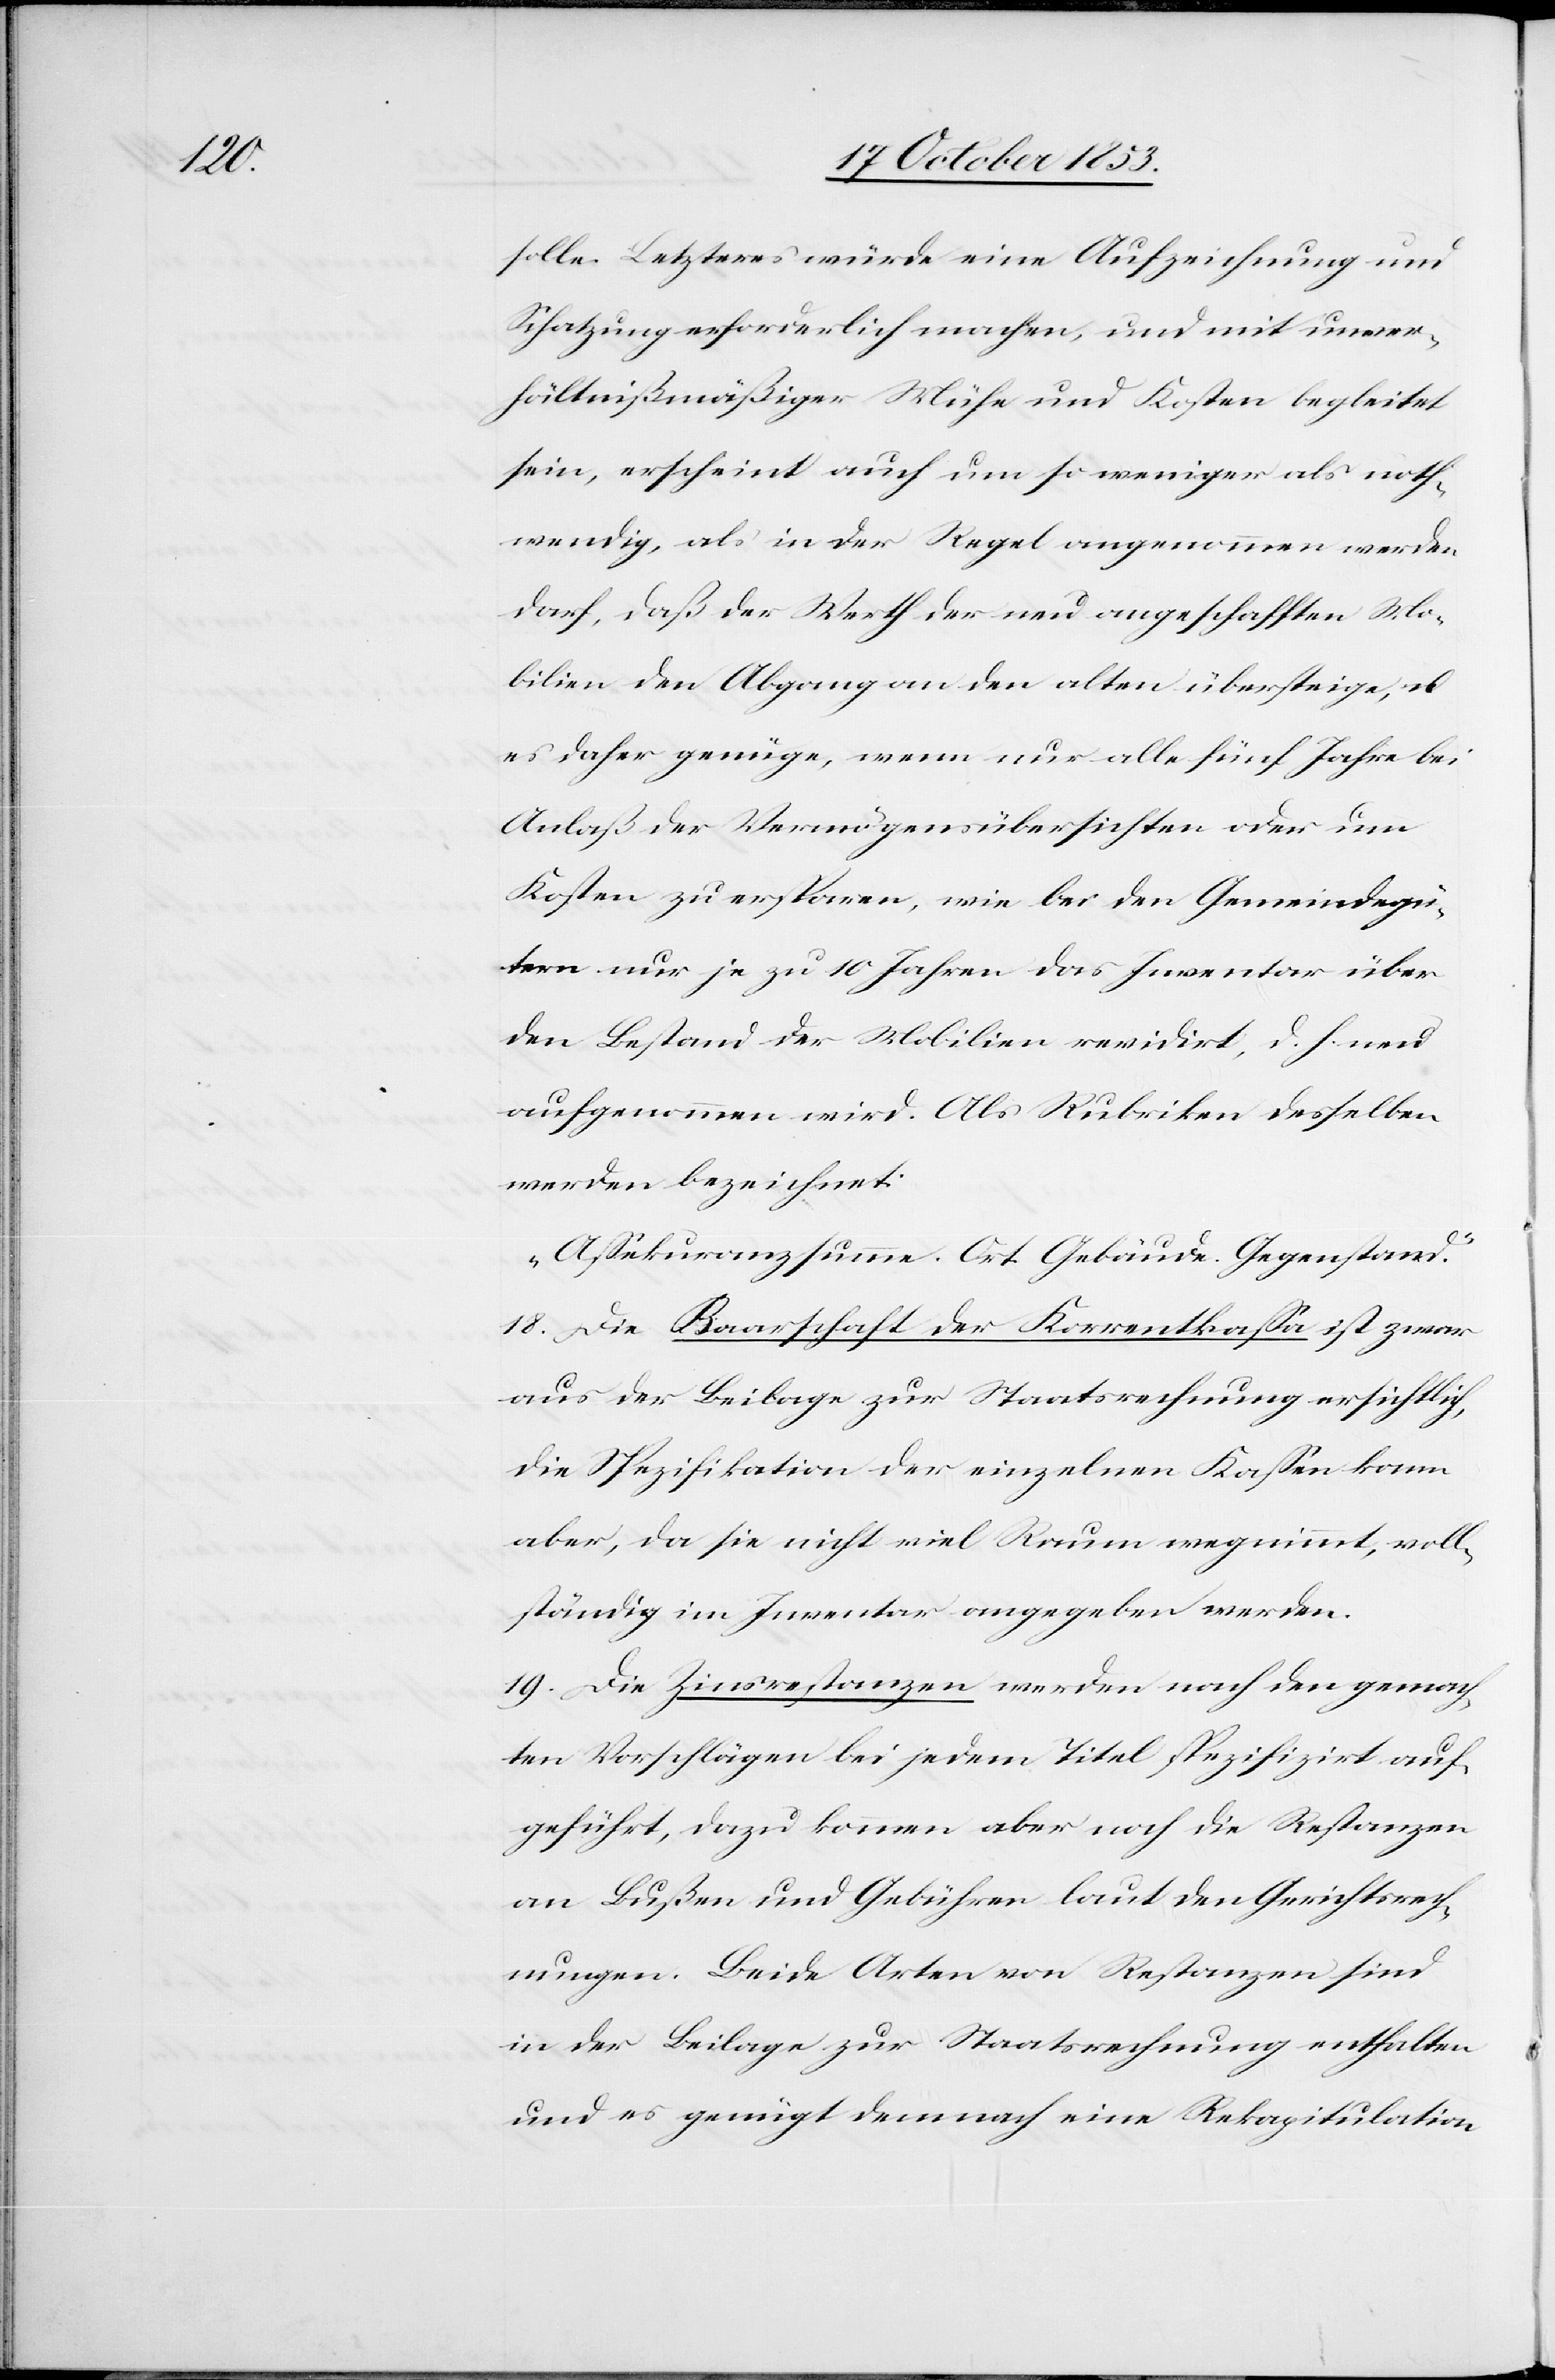
solle. Letzteres würde eine Aufzeichnung und
Schatzung erforderlich machen, und mit unver¬
hältnißmäßiger Mühe und Kosten begleitet
sein, erscheint auch um so weniger als noth¬
wendig, als in der Regel angenommen werden
darf, daß der Werth der neu angeschafften Mo¬
bilien den Abgang an den alten übersteige, u.
es daher genüge, wenn nur alle fünf Jahre bei
Anlaß der Vermögensübersichten oder um
Kosten zu ersparen, wie bei den Gemeindgü¬
tern nur je zu 10 Jahren das Inventar über
den Bestand der Mobilien revidirt, d. h. neu
aufgenommen wird. Als Rubriken desselben
werden bezeichnet:
„Aßekuranzsumme. Ort. Gebäude. Gegenstand.“
18. Die Baarschaft der Korrentkaßa ist zwar
aus der Beilage zur Staatsrechnung ersichtlich,
die Spezifikation der einzelnen Kaßen kann
aber, da sie nicht viel Raum wegnimmt, voll¬
ständig im Inventar angegeben werden.
19. Die Zinsrestanzen werden nach den gemach¬
ten Vorschlägen bei jedem Titel spezifizirt auf¬
geführt, dazu kommen aber noch die Restanzen
an Bußen und Gebühren laut den Gerichtrech¬
nungen. Beide Arten von Restanzen sind
in der Beilage zur Staatsrechnung enthalten
und es genügt demnach eine Rekapitulation